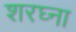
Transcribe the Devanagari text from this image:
शरघ्ना